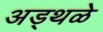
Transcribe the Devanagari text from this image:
अड्थळे